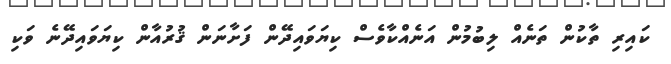
ކައިރި ތާކުން ތަނެއް ލިބުމުން އަނެއްކާވެސް ކިޔަވައިދޭން ފަށާނަން ޤުރުއާން ކިޔަވައިދޭނެ ވަކި